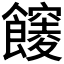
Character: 𩟒